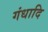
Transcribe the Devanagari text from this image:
गंधादि